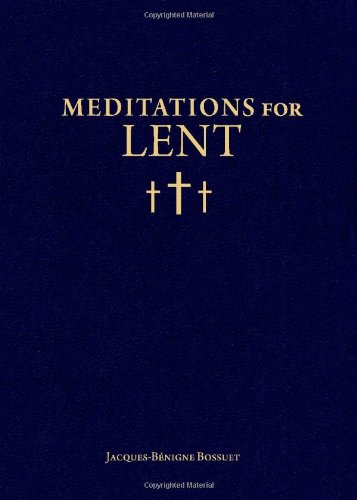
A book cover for Meditations for Lent; Jacques-BÃ©nigne Bossuet; Christian Books & Bibles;